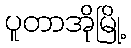
ပူတာအိုမြို့